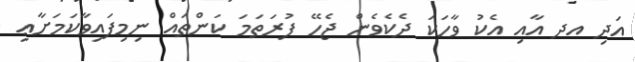
އަދި އދ އާއި އެކު ވާހަކަ ދެކެވެން ޖެހޭ ފުރަތަމަ ކަންތައް ނިމިފައިވާކަމަށާޢި